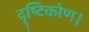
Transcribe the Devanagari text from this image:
दॄष्‍टिकोण।